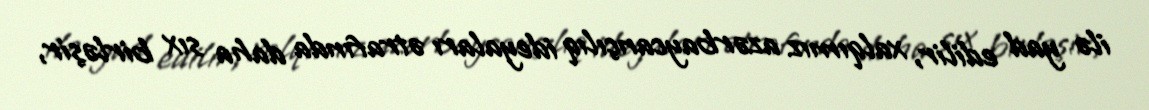
ilə yad edilir, xalqımız azərbaycançılıq ideyaları ətrafında daha sıx birləşir,